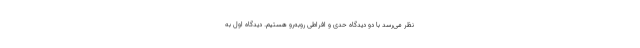
نظر می‌رسد با دو دیدگاه حدی و افراطی روبه‌رو هستیم. دیدگاه اول به